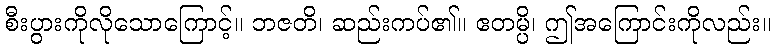
စီးပွားကိုလိုသောကြောင့်။ ဘဇတိ၊ ဆည်းကပ်၏။ ဧတမ္ပိ၊ ဤအကြောင်းကိုလည်း။